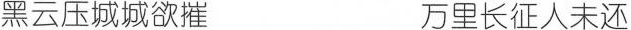
黑云压城城欲摧 万里长征人未还